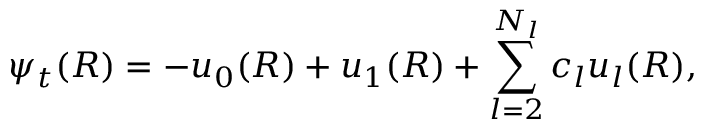
\psi _ { t } ( R ) = - u _ { 0 } ( R ) + u _ { 1 } ( R ) + \sum _ { l = 2 } ^ { N _ { l } } c _ { l } u _ { l } ( R ) ,